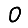
Digit: 0